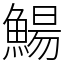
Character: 鰑